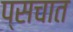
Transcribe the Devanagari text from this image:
प्सचात